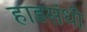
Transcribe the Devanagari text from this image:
हाडसंधी